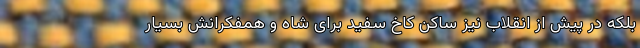
بلکه در پیش از انقلاب نیز ساکن کاخ سفید برای شاه و همفکرانش بسیار